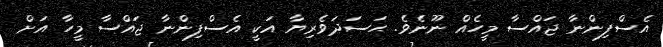
އެސްފިންނާ ޖައްސާ މީހެއް ނޫނެވެ. ޙަސަދަވެރިޔާ އަކީ އެސްފިންނާ ޖައްސާ މީހާ އަށް